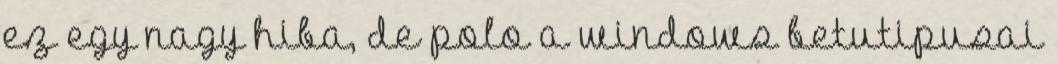
ez egy nagy hiba, de polo a windows betutipusai